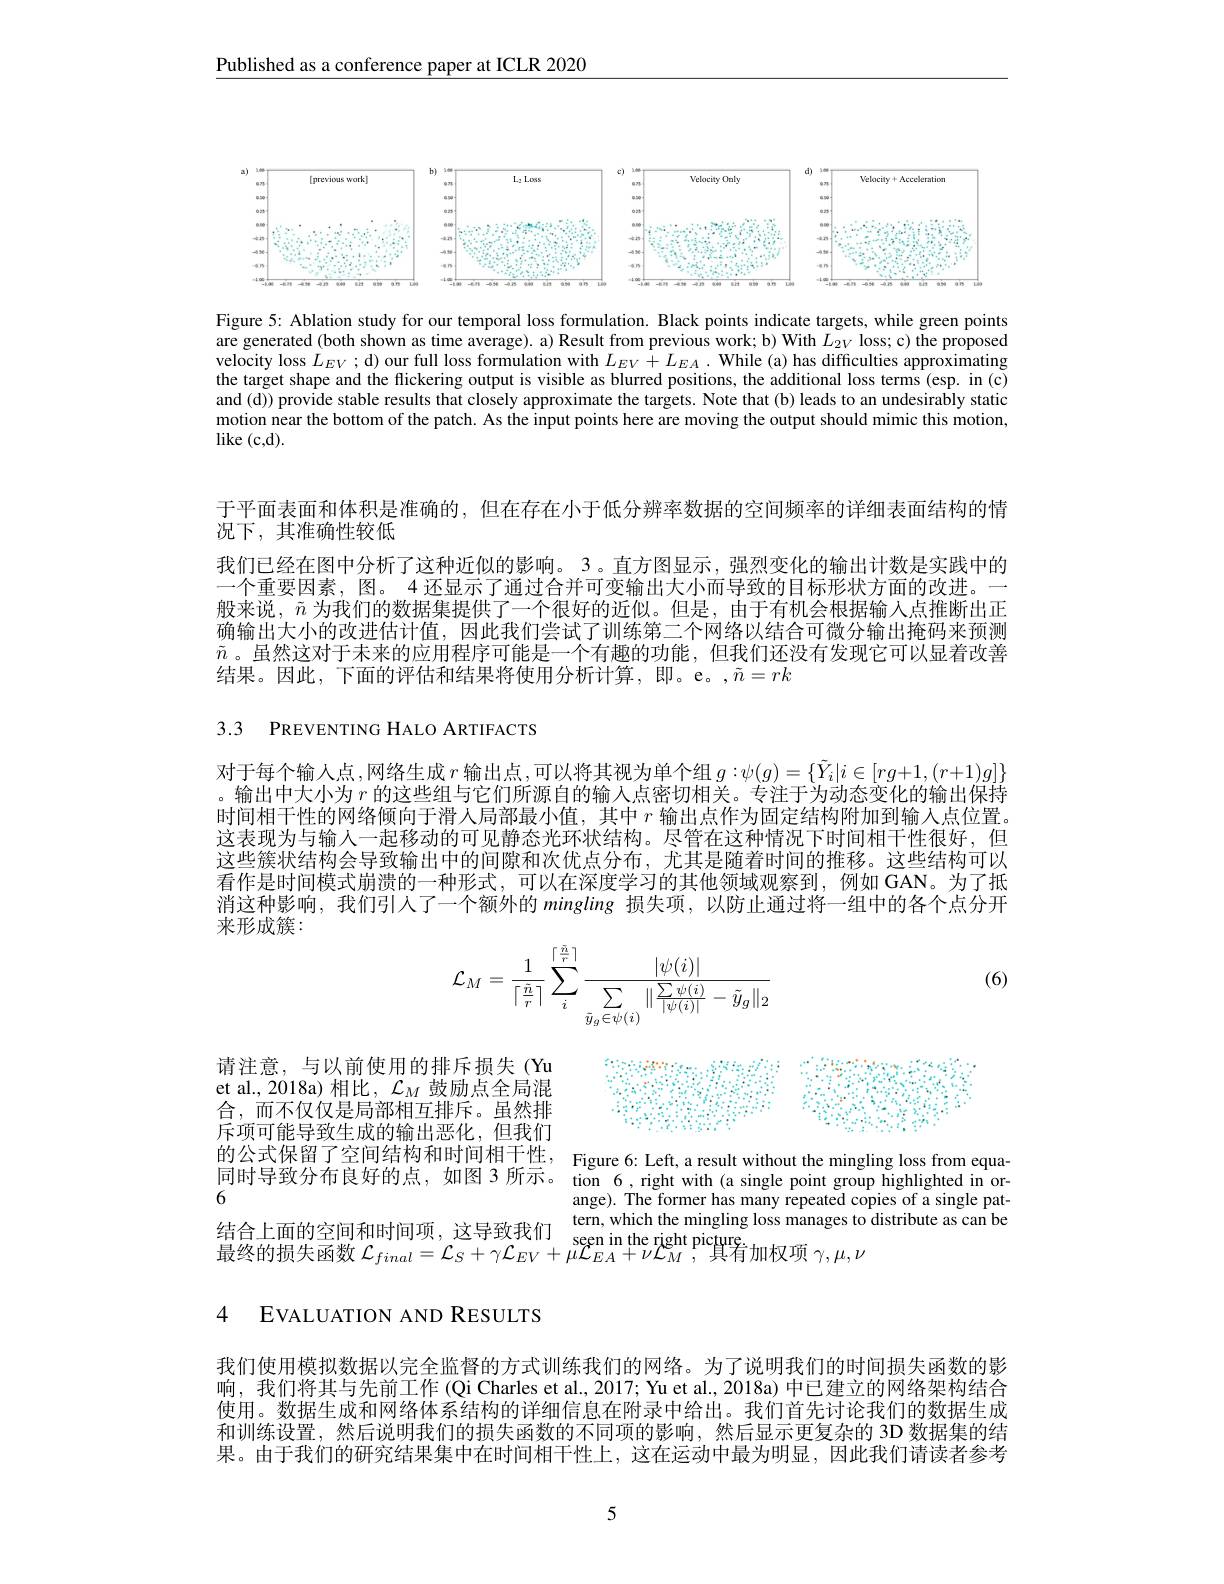
Published as a conference paper at ICLR 2020

<FigureHere>

Figure 5: Ablation study for our temporal loss formulation. Black points indicate targets, while green points are generated (both shown as time average). a) Result from previous work; b) With $L_{2V}$ loss; c) the proposed velocity loss $L_EV$ ; d) our full loss formulation with $L_EV+L_{EA}$ . While (a) has difficulties approximating the target shape and the flickering output is visible as blurred positions, the additional loss terms (esp. in (c) and (d)) provide stable results that closely approximate the targets. Note that (b) leads to an undesirably static motion near the bottom of the patch. As the input points here are moving the output should mimic this motion, $\operatorname{like}($c,d).

于平面表面和体积是准确的，但在存在小于低分辨率数据的空间频率的详细表面结构的情
况下，其准确性较低
我们已经在图中分析了这种近似的影响。3。直方图显示，强烈变化的输出计数是实践中的一个重要因素，图。4 还显示了通过合并可变输出大小而导致的目标形状方面的改进。一般来说，$\tilde{n}$为我们的数据集提供了一个很好的近似。但是，由于有机会根据输入点推断出正确输出大小的改进估计值，因此我们尝试了训练第二个网络以结合可微分输出掩码来预测$\tilde{n}$。虽然这对于未来的应用程序可能是一个有趣的功能，但我们还没有发现它可以显着改善结果。因此，下面的评估和结果将使用分析计算，即。e。,$\tilde{n}=rk$

3.3 PREVENTING HALO ARTIFACTS

对于每个输入点，网络生成$r$ 输出点，可以将其视为单个组 $g:\psi(g)=\{\tilde{Y}_i|i\in[rg+1,(r+1)g]\}$ 。输出中大小为$r$的这些组与它们所源自的输入点密切相关。专注于为动态变化的输出保持时间相干性的网络倾向于滑人局部最小值，其中$r$输出点作为固定结构附加到输入点位置。这表现为与输人一起移动的可见静态光环状结构。尽管在这种情况下时间相干性很好，但这些簇状结构会导致输出中的间隙和次优点分布，尤其是随着时间的推移。这些结构可以看作是时间模式崩溃的一种形式，可以在深度学习的其他领域观察到，例如 GAN。为了抵消这种影响，我们引人了一个额外的mingling损失项，以防止通过将一组中的各个点分开来形成簇：

(6)
$$\mathcal{L}_M=\frac{1}{\lceil\frac{\tilde{n}}{r}\rceil}\sum_i^{\lceil\frac{\tilde{n}}{r}\rceil}\frac{|\psi(i)|}{\sum\limits_{\tilde{y}_g\in\psi(i)}\|\frac{\sum\psi(i)}{|\psi(i)|}-\tilde{y}_g\|_2}$$
<FigureHere>

请注意，与以前使用的排斥损失(Yu et al., 2018a) 相比，$\mathcal{L}_M$鼓励点全局混合，而不仅仅是局部相互排斥。虽然排斥项可能导致生成的输出恶化，但我们的公式保留了空间结构和时间相干性，Figure 6: Left, a result without the mingling loss from equa-
同时导致分布良好的点、如图 3 所示。
6
结合上面的空间和时间项，这导致我们 seen in the mingling loss manages to distribute as can be 最终的损失函数$\mathcal{L}_final=\mathcal{L}_S+\gamma\mathcal{L}_{EV}+\mu\mathcal{L}_{EA}+\nu\mathcal{L}_M$,其有加权项$\gamma,\mu,\nu$

tion 6,right with (a single point group highlighted in orange). The former has many repeated copies of a single pat-

4 EVALUATION AND RESULTS

我们使用模拟数据以完全监督的方式训练我们的网络。为了说明我们的时间损失函数的影响，我们将其与先前工作 (Qi Charles et al., 2017; Yu et al., 2018a) 中已建立的网络架构结合使用。数据生成和网络体系结构的详细信息在附录中给出。我们首先讨论我们的数据生成和训练设置，然后说明我们的损失函数的不同项的影响，然后显示更复杂的 3D 数据集的结果。由于我们的研究结果集中在时间相干性上，这在运动中最为明显，因此我们请读者参考

5